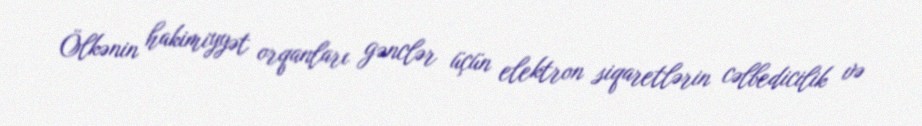
Ölkənin hakimiyyət orqanları gənclər üçün elektron siqaretlərin cəlbedicilik və